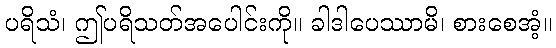
ပရိသံ၊ ဤပရိသတ်အပေါင်းကို။ ခါဒါပေဿာမိ၊ စားစေအံ့။